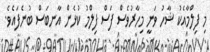
މި ފިލްމާއެކު ޝާހު ވަނީ މިހާރުވެސް ފަސް ފިލްމު ކުޅެން އާނބަސް ބުނެފައެވެ.